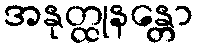
အနုတ္ထုနန္တော